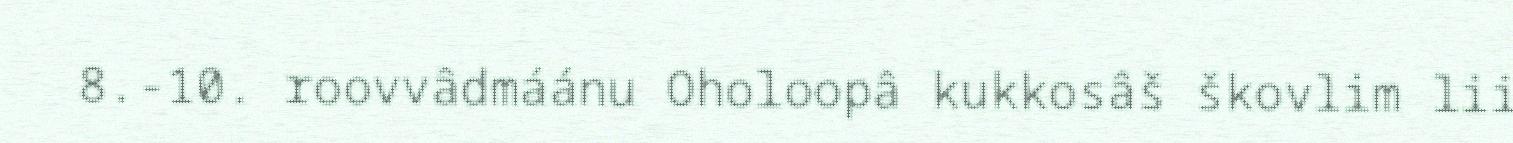
8.-10. roovvâdmáánu Oholoopâ kukkosâš škovlim lii